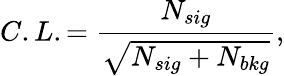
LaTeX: C.L.=\frac{N_{sig}}{\sqrt{N_{sig}+N_{bkg}}},